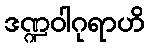
ဒဏ္ဍဝါဂုရာဟိ